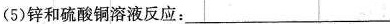
(5)锌和硫酸铜溶液反应：___